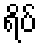
ရိပ်